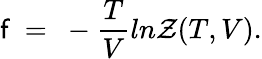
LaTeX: \mathsf{f}~=~-{\frac{{T}}{{V}}}ln{{\cal{Z}}(T,V)}.